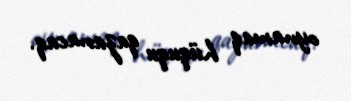
oynamaq hüququ qazanacaq.